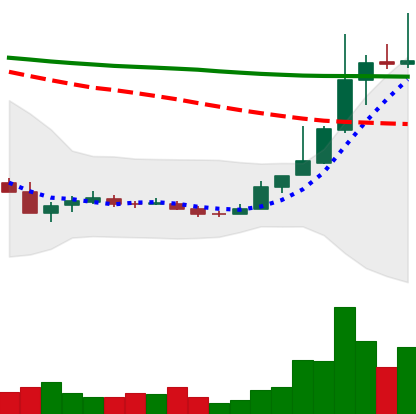
Ticker: TRX-USD
Chart end date: 2018-12-24
Forward return: -5.059%
Label: down_5_7